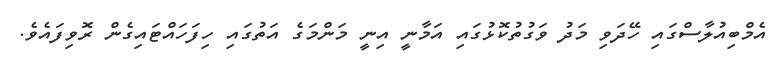
އެމްބިއުލާސްގައި ހޭދަވި މަދު ވަގުތުކޮޅުގައި އަމާނީ އިނީ މަންމަގެ އަތުގައި ހިފަަހައްޓައިގެން ރޮވިފައެވެ.